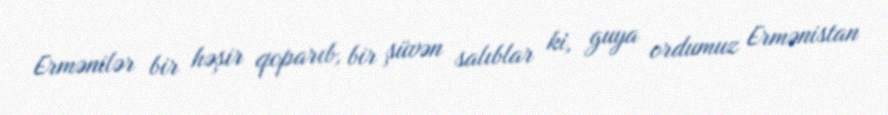
Ermənilər bir həşir qoparıb, bir şüvən salıblar ki, guya ordumuz Ermənistan